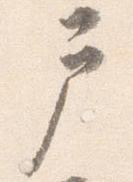
戸